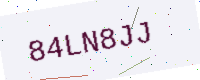
Text: 84LN8JJ